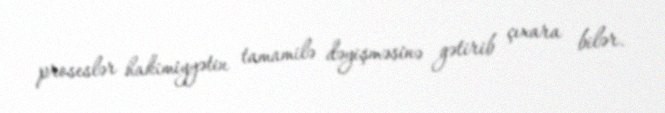
proseslər hakimiyyətin tamamilə dəyişməsinə gətirib çıxara bilər.